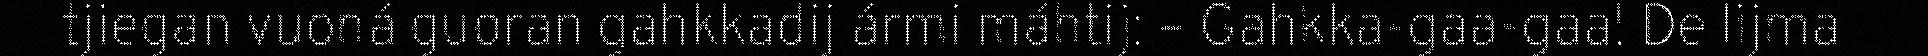
tjiegan vuoná guoran gahkkadij ármi máhtij: – Gahkka-gaa-gaa! De lijma